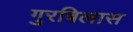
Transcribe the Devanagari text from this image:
गुरबिलास